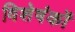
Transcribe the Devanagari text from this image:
विशेषंकों